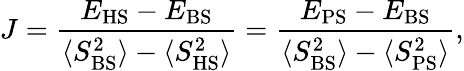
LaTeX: J=\frac{E_{\mathrm{HS}}-E_{\mathrm{BS}}}{\langle S_{\mathrm{BS}}^{2}\rangle-\langle S_{\mathrm{HS}}^{2}\rangle}=\frac{E_{\mathrm{PS}}-E_{\mathrm{BS}}}{\langle S_{\mathrm{BS}}^{2}\rangle-\langle S_{\mathrm{PS}}^{2}\rangle},